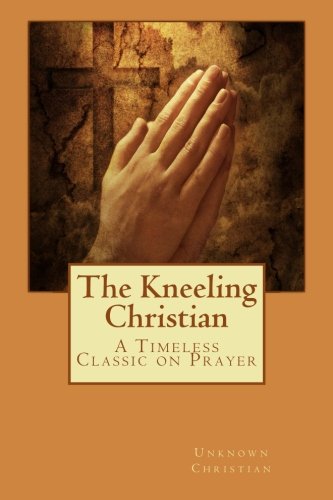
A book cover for The Kneeling Christian; Unknown Christian; Religion & Spirituality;